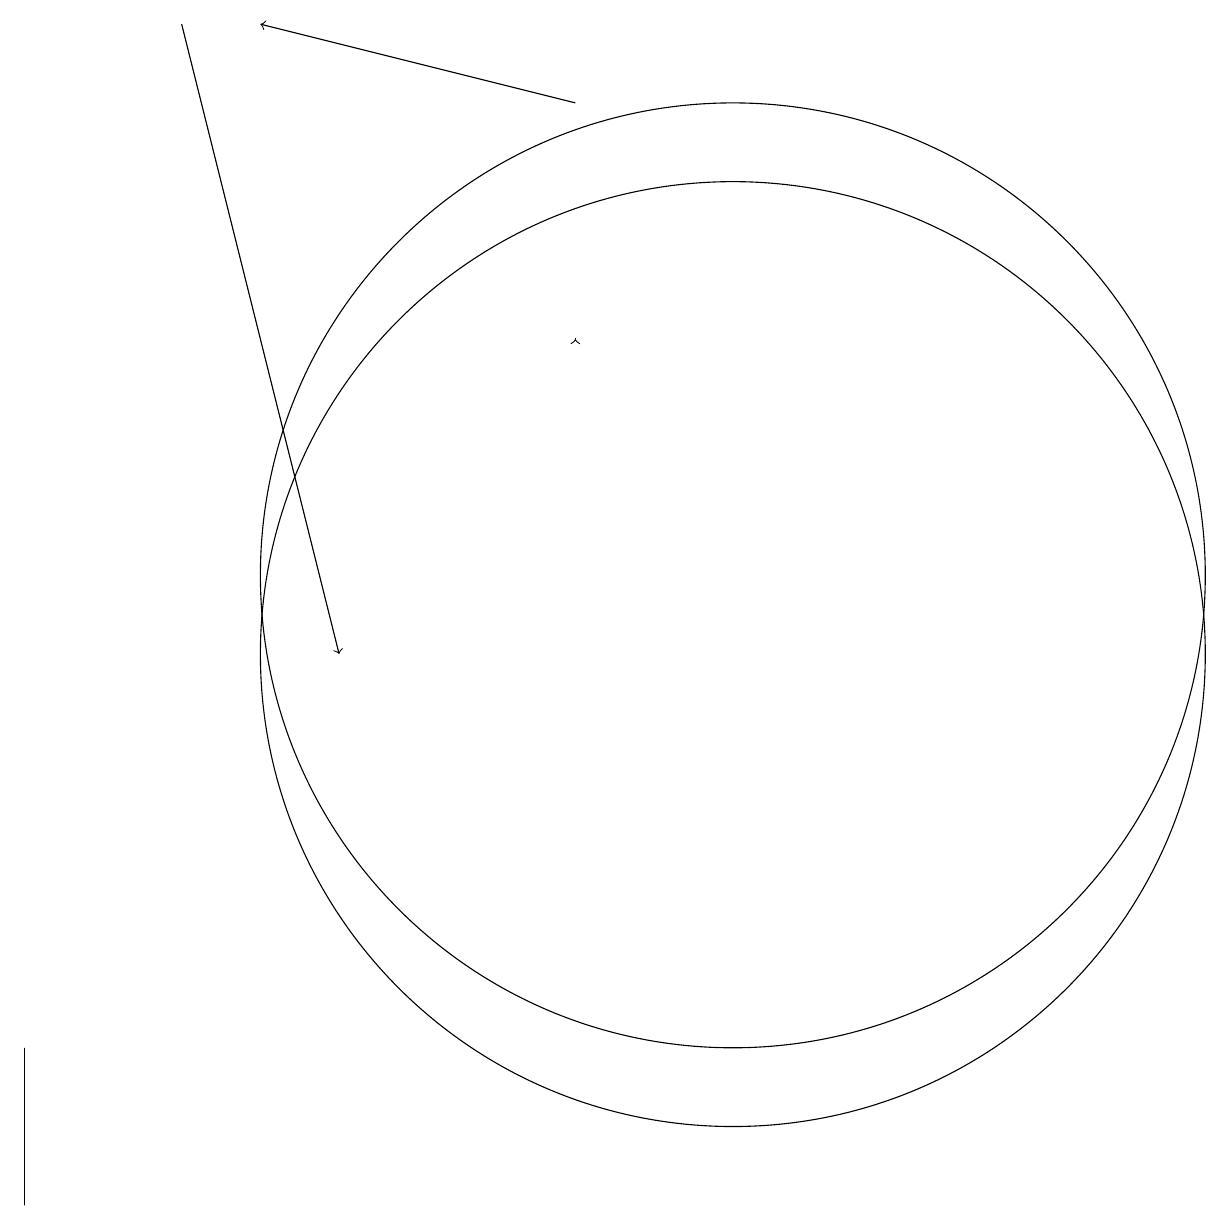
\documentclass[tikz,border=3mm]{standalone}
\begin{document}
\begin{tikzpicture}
\draw (10,11) circle (6);
\draw (10,10) circle (6);
\draw (1,3) -- (1,4) -- (1,5) -- cycle;
\draw[->] (8,17) -- (4,18);
\draw[->] (8,14) -- (8,14);
\draw[->] (3,18) -- (5,10);
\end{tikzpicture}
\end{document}